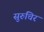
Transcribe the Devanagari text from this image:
सुरुचिर